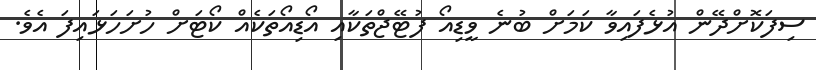
ސިފަކޮށްދޭން އުޅެފައިވާ ކަމަށް ބުނެ ވީޑިއޯ ފުޓޭޖްތަކާއި އޯޑިއޯތަކެއް ކޯޓަށް ހުށަހަޅައިފަ އެވެ.